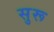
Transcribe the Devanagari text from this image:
सुरू